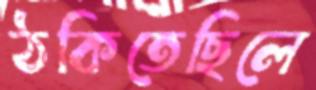
ঠকিতেছিলে